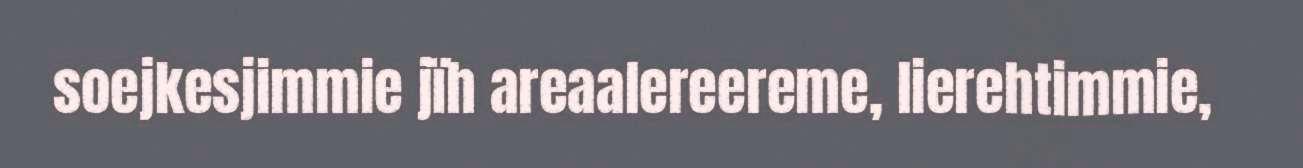
soejkesjimmie jïh areaalereereme, lierehtimmie,